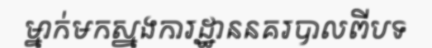
ម្នាក់មកស្នងការដ្ឋាននគរបាលពីបទ